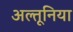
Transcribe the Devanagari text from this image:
अल्तूनिया